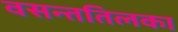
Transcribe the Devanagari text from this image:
वसन्ततिलका